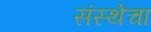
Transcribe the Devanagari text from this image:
संस्‍थेचा